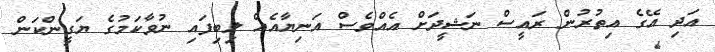
އަދި އޭގެ އިތުރުން ރައީސް ނަޝީދަށް އެއްވެސް އަނިޔާއެއް ލިބިފައި ނުވާކަމުގެ ޔަގީންކަން